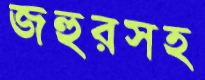
জহুরসহ